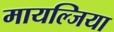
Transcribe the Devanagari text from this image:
मायल्जिया